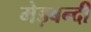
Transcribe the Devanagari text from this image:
मेड़बन्दी